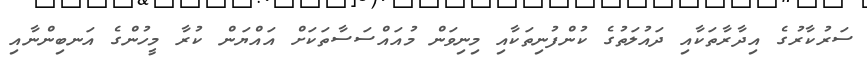
ސަރުކާރުގެ އިދާރާތަކާއި ދައުލަތުގެ ކުންފުނިތަކާއި މިނިވަން މުއައްސަސާތަކަށް އައްޔަން ކުރާ މީހުންގެ އަނބިންނާއި